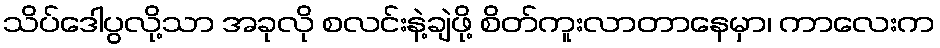
သိပ်ဒေါပွလို့သာ အခုလို စလင်းနဲ့ချဲဖို့ စိတ်ကူးလာတာနေမှာ၊ ကာလေးက